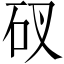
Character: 䂘